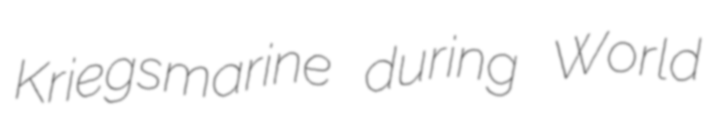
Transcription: Kriegsmarine during World